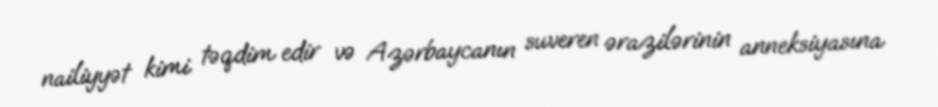
nailiyyət kimi təqdim edir və Azərbaycanın suveren ərazilərinin anneksiyasına